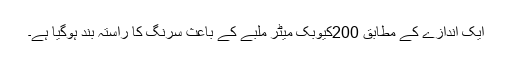
ایک اندازے کے مطابق 200کیوبک میٹر ملبے کے باعث سرنگ کا راستہ بند ہوگیا ہے۔